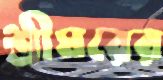
শ্রীঘরের